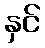
နှင်